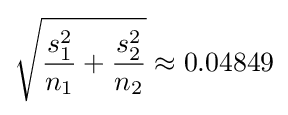
{\sqrt {{\frac {s_{1}^{2}}{n_{1}}}+{\frac {s_{2}^{2}}{n_{2}}}}}\approx 0.04849